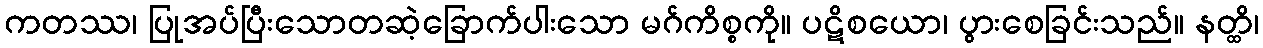
ကတဿ၊ ပြုအပ်ပြီးသောတဆဲ့ခြောက်ပါးသော မဂ်ကိစ္စကို။ ပဋိစယော၊ ပွားစေခြင်းသည်။ နတ္ထိ၊